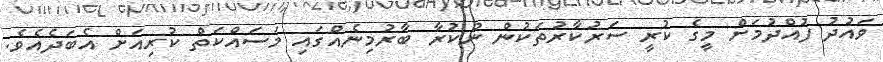
ވައުދު ފުއްދުމަށް މީގެ ކުރީ ސަރުކާރުތަކުން ނުކުރާ ބާރުމިނެއްގައި މަސައްކަތް ކުރިއަށް އެބަދެއެވެ.